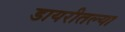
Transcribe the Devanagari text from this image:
डायरीतल्या